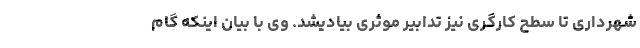
شهرداری تا سطح کارگری نیز تدابیر موثری بیادیشد. وی با بیان اینکه گام